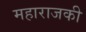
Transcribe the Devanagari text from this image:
महाराजकी